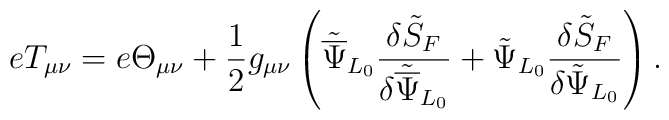
eT_{\mu\nu} = e\Theta_{\mu\nu} + \frac{1}{2}g_{\mu\nu}\left({\tilde{\overline\Psi}}_{L_0}\frac{\delta{\tilde S}_F}{\delta{\tilde{\overline\Psi}}_{L_0}} + {\tilde\Psi}_{L_0}\frac{\delta{\tilde S}_F}{\delta{\tilde\Psi}_{L_0}}\right).